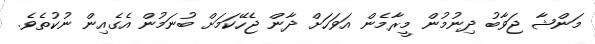
މަންޝާ ޖަވާބު ދިނުމުން މީރާމެން އަވަހަށް ދާން ޖެހޭކަމަށް ބުނަމުން އެގެއިން ނުކުތެވެ.